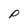
Character: P